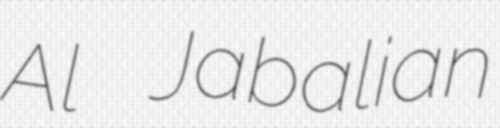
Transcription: Al Jabalian